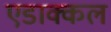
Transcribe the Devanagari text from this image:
एडाक्कल